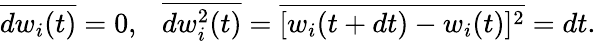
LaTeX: \overline{{dw_{i}(t)}}=0,\ \ \ \overline{{dw_{i}^{2}(t)}}=\overline{{[w_{i}(t+dt)-w_{i}(t)]^{2}}}=dt.